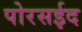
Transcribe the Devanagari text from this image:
पोरसईद